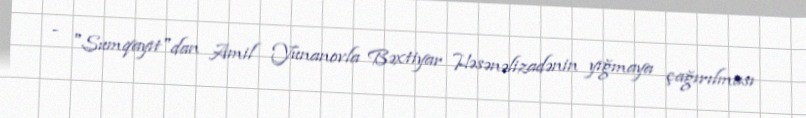
- "Sumqayıt"dan Amil Yunanovla Bəxtiyar Həsənəlizadənin yığmaya çağırılması